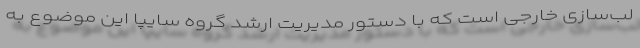
لب‌سازی خارجی است که با دستور مدیریت ارشد گروه سایپا این موضوع به